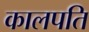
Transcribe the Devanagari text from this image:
कालपति